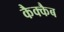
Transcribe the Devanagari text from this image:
कैक्कैब